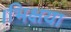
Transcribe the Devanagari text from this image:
।भिक्षया